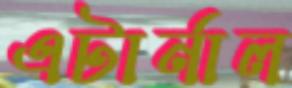
এটার্নাল